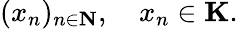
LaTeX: (x_{n})_{n\in\mathbf{N}},\quad x_{n}\in\mathbf{K}.